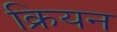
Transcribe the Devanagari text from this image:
क्रियन